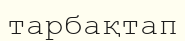
тарбақтап